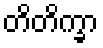
တိတိက္ခာ